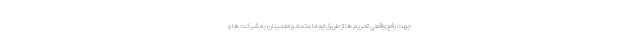
جهت رفع واقعي تحريم ها از طريق ايجاداعتماد و اطمينان به شركت ها و